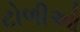
ટોળીઓ